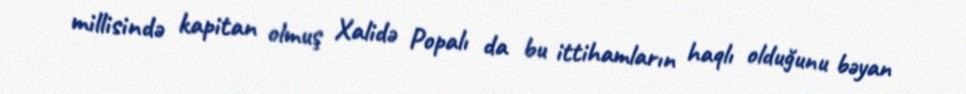
millisində kapitan olmuş Xalidə Popalı da bu ittihamların haqlı olduğunu bəyan